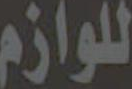
للوازم